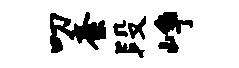
叨紊段峥